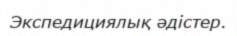
Экспедициялық әдістер.